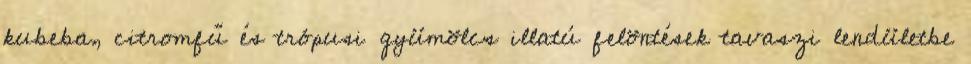
kubeba, citromfű és trópusi gyümölcs illatú felöntések tavaszi lendületbe